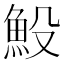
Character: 𩵤